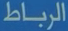
الرباط